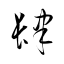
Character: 肆